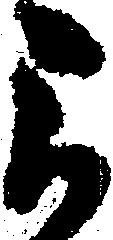
被